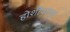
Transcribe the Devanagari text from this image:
होशीयारपुर